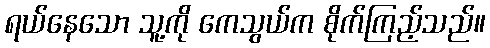
ရယ်နေသော သူ့ကို ကေသွယ်က စိုက်ကြည့်သည်။